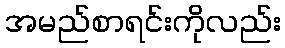
အမည်စာရင်းကိုလည်း